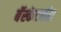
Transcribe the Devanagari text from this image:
बॅस्केटबॉल